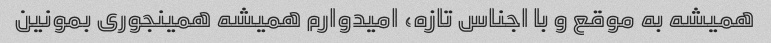
همیشه به موقع و با اجناس تازه، امیدوارم همیشه همینجوری بمونین